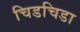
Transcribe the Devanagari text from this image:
चिडचिडा